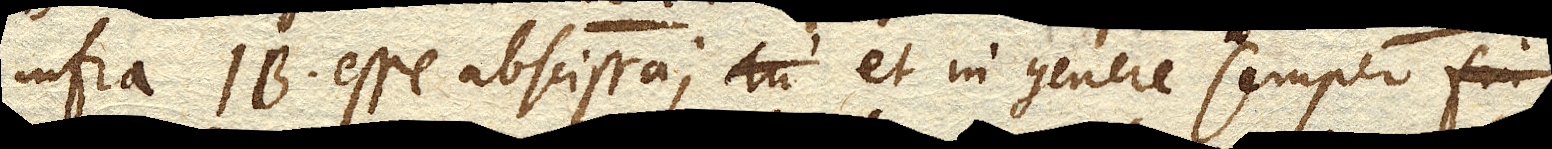
infra IB. esse abscissa; et in genere semper